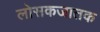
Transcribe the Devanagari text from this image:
लोसकजातक